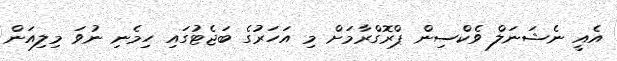
އެއީ ނެޝަނަލް ވެކްސިން ޕްރޮގްރާމަށް މި އަހަރުގެ ބަޖެޓުގައި ހިމެނި ނުވަ މިލިއަން